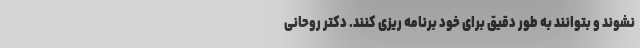
نشوند و بتوانند به طور دقیق برای خود برنامه ریزی کنند. دکتر روحانی